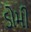
ડોમી